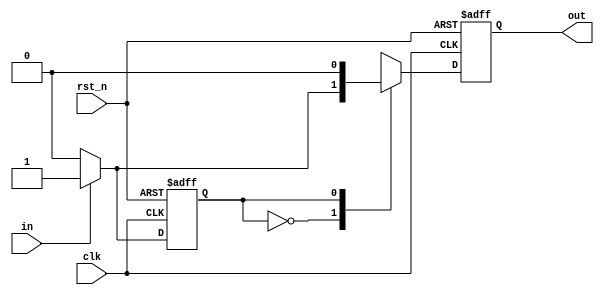
`timescale 1ns / 1ps
//////////////////////////////////////////////////////////////////////////////////
// Company: 
// Engineer: 
// 
// Design Name: 
// Module Name:    one_pulse 
// Project Name: 
// Target Devices: 
// Tool versions: 
// Description: 
//
// Dependencies: 
//
// Revision: 
// Revision 0.01 - File Created
// Additional Comments: 
//
//////////////////////////////////////////////////////////////////////////////////
module one_pulse(
					output reg out,
					input in,
					input clk,
					input rst_n
    );

parameter S0 = 0;
parameter S1 = 1;
reg state, nextState, nextOut;
always @(posedge clk or negedge rst_n) begin
	if (!rst_n) begin
		state <= S0;
		out <= 0;
	end else begin
		state <= nextState;
		out <= nextOut;
	end // end of if-else block
end // end of always

// next state
always @(*) begin
	case (state) 
		S0: begin 				// previous input is 0
			if (in == 0) begin	// 0 -> 0 => 0
				nextState = 0;
				nextOut = 0;
			end else begin		// 0 -> 1 => 1
				nextState = 1;
				nextOut = 1;
			end
		end
		S1: begin				// previous input is 1
			nextOut = 0;
			if (in == 0) begin	// 1 -> 0 => 0
				nextState = 0;
			end else begin		// 1 -> 1 => 0;
				nextState = 1;
			end
		end
	endcase
end

endmodule